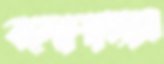
বন্দোপাধ্যায়